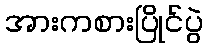
အားကစားပြိုင်ပွဲ